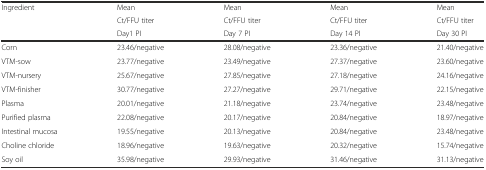
<table><thead><tr><td rowspan="3"><b>Ingredient</b></td><td><b>Mean</b></td><td><b>Mean</b></td><td><b>Mean</b></td><td><b>Mean</b></td></tr><tr><td><b>Ct/FFU titer</b></td><td><b>Ct/FFU titer</b></td><td><b>Ct/FFU titer</b></td><td><b>Ct/FFU titer</b></td></tr><tr><td><b>Day1 PI</b></td><td><b>Day 7 PI</b></td><td><b>Day 14 PI</b></td><td><b>Day 30 PI</b></td></tr></thead><tbody><tr><td>Corn</td><td>23.46/negative</td><td>28.08/negative</td><td>23.36/negative</td><td>21.40/negative</td></tr><tr><td>VTM-sow</td><td>23.77/negative</td><td>23.49/negative</td><td>27.37/negative</td><td>23.60/negative</td></tr><tr><td>VTM-nursery</td><td>25.67/negative</td><td>27.85/negative</td><td>27.18/negative</td><td>24.16/negative</td></tr><tr><td>VTM-finisher</td><td>30.77/negative</td><td>27.27/negative</td><td>29.71/negative</td><td>22.15/negative</td></tr><tr><td>Plasma</td><td>20.01/negative</td><td>21.18/negative</td><td>23.74/negative</td><td>23.48/negative</td></tr><tr><td>Purified plasma</td><td>22.08/negative</td><td>20.17/negative</td><td>20.84/negative</td><td>18.97/negative</td></tr><tr><td>Intestinal mucosa</td><td>19.55/negative</td><td>20.13/negative</td><td>20.84/negative</td><td>23.48/negative</td></tr><tr><td>Choline chloride</td><td>18.96/negative</td><td>19.63/negative</td><td>20.32/negative</td><td>15.74/negative</td></tr><tr><td>Soy oil</td><td>35.98/negative</td><td>29.93/negative</td><td>31.46/negative</td><td>31.13/negative</td></tr></tbody></table>